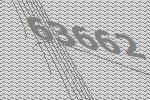
63662